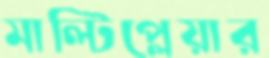
মাল্টিপ্লেয়ার